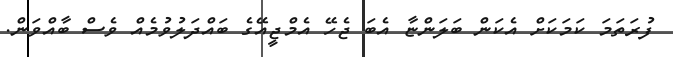
ފުރަތަމަ ކަމަކަށް އެކަން ބަލަންޏާ އެބަ ޖެހޭ އެމްޖީއޭގެ ބައްދަލުވުމެއް ވެސް ބާއްވަން.